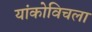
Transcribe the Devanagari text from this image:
यांकोविचला